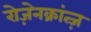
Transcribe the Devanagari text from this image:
रोज़ेनक्रांत्ज़